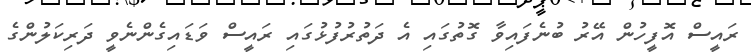
ރައީސް އޮފީހުން އޭރު ބުނެފައިވާ ގޮތުގައި އެ ދަތުރުފުޅުގައި ރައީސް ވަޑައިގެންނެވީ ދަރިކަލުންގެ